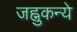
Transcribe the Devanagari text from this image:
जह्नुकन्ये